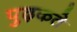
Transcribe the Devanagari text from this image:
पुढ़कते